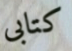
كتابى